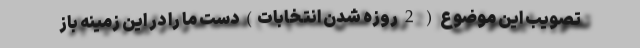
تصویب این موضوع ( 2 روزه شدن انتخابات) دست ما را در این زمینه باز